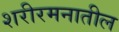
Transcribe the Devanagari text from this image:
शरीरमनातील